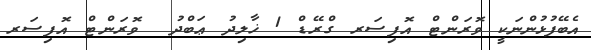
އެބޭފުޅުންނަކީ ވޮރަންޓް އޮފިސަރ ގްރޭޑް 1 ޚާލިދު ޢަބްދު  ވޮރަންޓް އޮފިސަރ